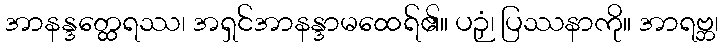
အာနန္ဒတ္ထေရဿ၊ အရှင်အာနန္ဒာမထေရ်၏။ ပဉှံ၊ ပြဿနာကို။ အာရဗ္ဘ၊